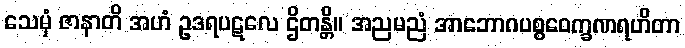
သေမှံ ဇာနာတိ အဟံ ဥဒရပဋလေ ဌိတန္တိ။ အညမညံ အာဘောဂပစ္စဝေက္ခဏရဟိတာ